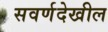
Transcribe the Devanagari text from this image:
सवर्णदेखील